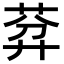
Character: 𦯳